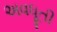
અવધૂતી